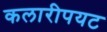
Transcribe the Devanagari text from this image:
कलारीपयट